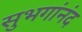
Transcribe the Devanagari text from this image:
सुभगांनंद